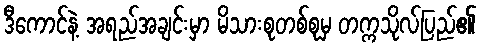
ဒီကောင်နဲ့ အရည်အချင်းမှာ မိသားစုတစ်စုမှ တက္ကသိုလ်ပြည်၏